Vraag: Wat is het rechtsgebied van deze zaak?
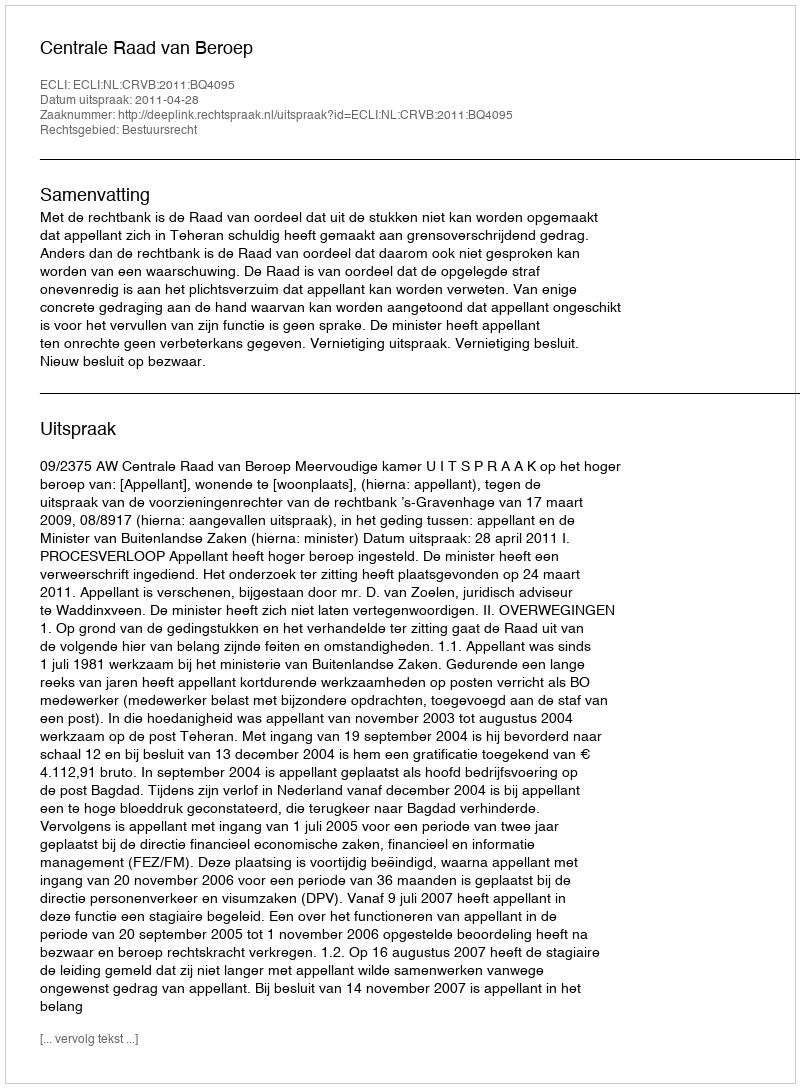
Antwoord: Bestuursrecht